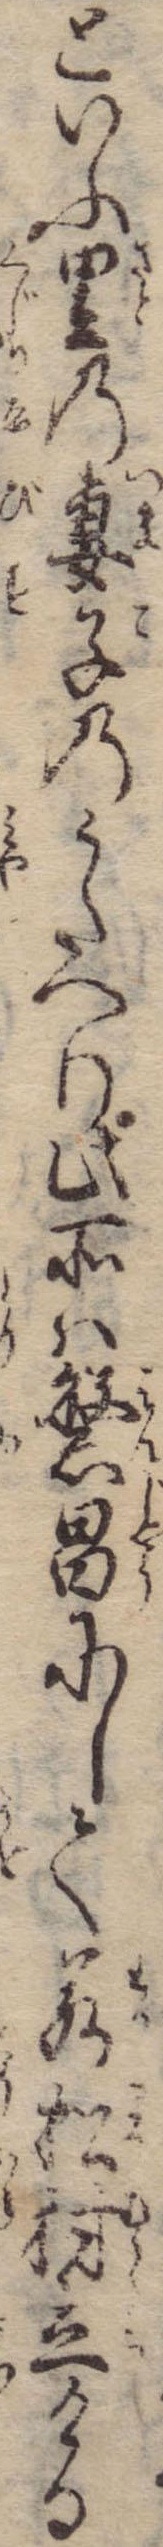
といふ里の妻子のうたへり此所は繁昌にして若松村立ける